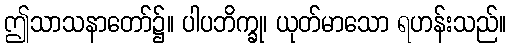
ဤသာသနာတော်၌။ ပါပဘိက္ခု၊ ယုတ်မာသော ရဟန်းသည်။